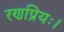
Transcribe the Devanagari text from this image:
रणप्रियः।